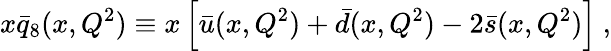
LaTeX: x\bar{q}_{8}(x,Q^{2})\equiv x\left[\bar{u}(x,Q^{2})+\bar{d}(x,Q^{2})-2\bar{s}(x,Q^{2})\right]\ ,